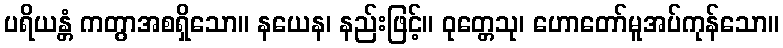
ပရိယန္တံ ကတွာအစရှိသော။ နယေန၊ နည်းဖြင့်။ ဝုတ္တေသု၊ ဟောတော်မူအပ်ကုန်သော။